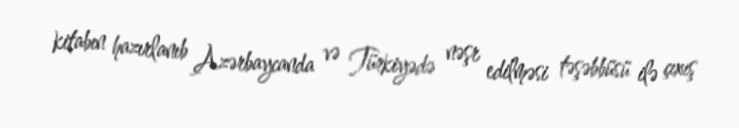
kitabın hazırlanıb Azərbaycanda və Türkiyədə nəşr edilməsi təşəbbüsü ilə çıxış